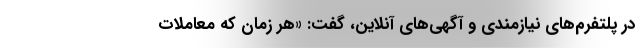
در پلتفرم‌های نیازمندی و آگهی‌های آنلاین، گفت: «هر زمان که معاملات